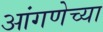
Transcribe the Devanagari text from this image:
आंगणेच्या